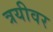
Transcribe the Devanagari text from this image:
त्रयीवर